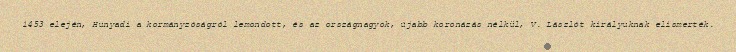
1453 elején, Hunyadi a kormányzóságról lemondott, és az országnagyok, újabb koronázás nélkül, V. Lászlót királyuknak elismerték.